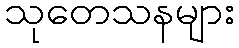
သုတေသနများ